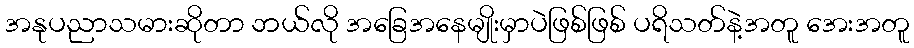
အနုပညာသမားဆိုတာ ဘယ်လို အခြေအနေမျိုးမှာပဲဖြစ်ဖြစ် ပရိသတ်နဲ့အတူ အေးအတူ